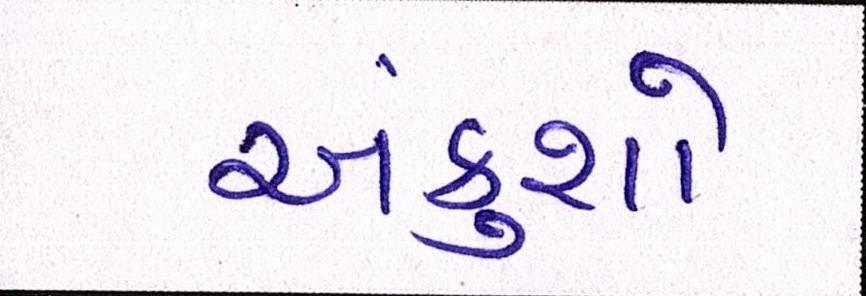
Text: અંકુશો